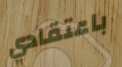
باعتقادي